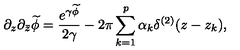
\partial _ { z } \partial _ { \bar { z } } \widetilde \phi = { \frac { e ^ { \gamma \widetilde \phi } } { 2 \gamma } } - 2 \pi \sum _ { k = 1 } ^ { p } \alpha _ { k } \delta ^ { ( 2 ) } ( z - z _ { k } ) ,